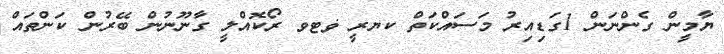
ޔާމީން ގެންނަން 1ގަޑިއިރު މަސައްކަތް ކޔރީ ޥޓވ ރޯކޮއްލީ ގާނޫނުން ބޭރުން ކަންތައް